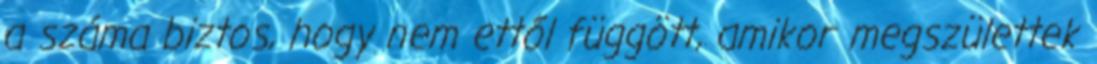
a száma biztos, hogy nem ettől függött, amikor megszülettek